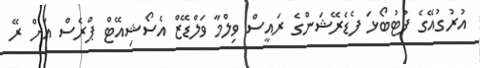
އުރުގުއޭގެ ފުޓުބޯޅަ ފެޑެރޭޝަންގެ ރައީސް ވިލްމާ ވަލްޑޭޒް އެސޯޝިއޭޓް ޕްރެސް އަށް ރޭ